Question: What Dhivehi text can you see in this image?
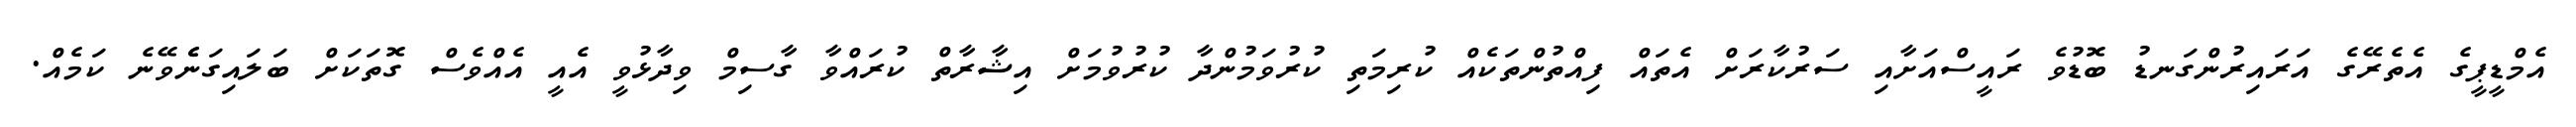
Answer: އެމްޑީޕީގެ އެތެރޭގެ އަރައިރުންގަނޑު ބޮޑުވެ ރައީސްއަށާއި ސަރުކާރަށް އެތައް ފިއްތުންތަކެއް ކުރިމަތި ކުރުވަމުންދާ ކުރުވުމަށް އިޝާރާތް ކުރައްވާ ގާސިމް ވިދާޅުވީ އެއީ އެއްވެސް ގޮތަކަށް ބަލައިގަނެެވޭނެ ކަމެއް.